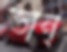
ভান্‌